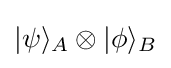
|\psi \rangle _{A}\otimes |\phi \rangle _{B}